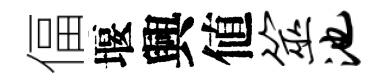
偪堰興値筮池